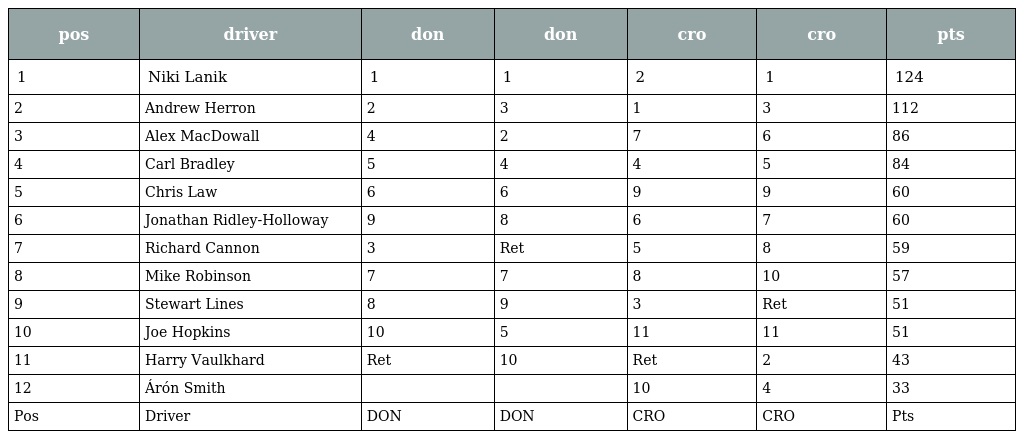
| pos | driver | don | don | cro | cro | pts |
 | --- | --- | --- | --- | --- | --- | --- |
 | 1 | Niki Lanik | 1 | 1 | 2 | 1 | 124 |
 | 2 | Andrew Herron | 2 | 3 | 1 | 3 | 112 |
 | 3 | Alex MacDowall | 4 | 2 | 7 | 6 | 86 |
 | 4 | Carl Bradley | 5 | 4 | 4 | 5 | 84 |
 | 5 | Chris Law | 6 | 6 | 9 | 9 | 60 |
 | 6 | Jonathan Ridley-Holloway | 9 | 8 | 6 | 7 | 60 |
 | 7 | Richard Cannon | 3 | Ret | 5 | 8 | 59 |
 | 8 | Mike Robinson | 7 | 7 | 8 | 10 | 57 |
 | 9 | Stewart Lines | 8 | 9 | 3 | Ret | 51 |
 | 10 | Joe Hopkins | 10 | 5 | 11 | 11 | 51 |
 | 11 | Harry Vaulkhard | Ret | 10 | Ret | 2 | 43 |
 | 12 | Árón Smith |  |  | 10 | 4 | 33 |
 | Pos | Driver | DON | DON | CRO | CRO | Pts |